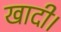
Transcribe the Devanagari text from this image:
खादी।